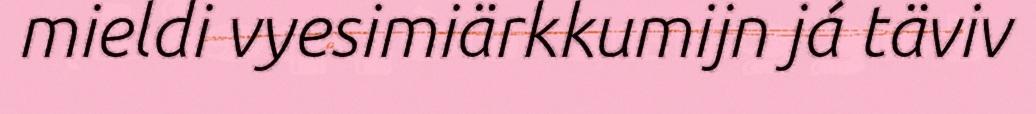
mieldi vyesimiärkkumijn já täviv